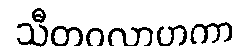
သီတဝလာဟကာ